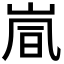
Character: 𫵽